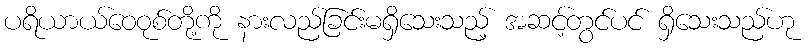
ပရိယာယ်ဝေဝုစ်တို့ကို နားလည်ခြင်းမရှိသေးသည့် အဆင့်တွင်ပင် ရှိသေးသည်ဟု